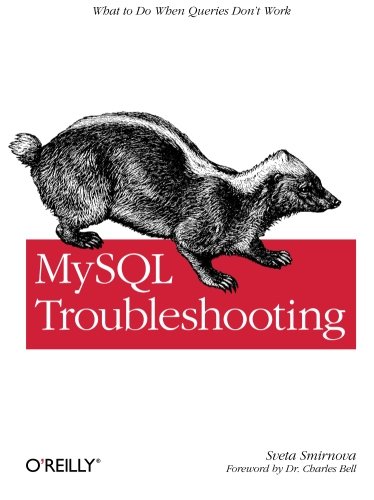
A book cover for MySQL Troubleshooting: What To Do When Queries Don't Work; Sveta Smirnova; Computers & Technology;